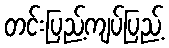
တင်းပြည့်ကျပ်ပြည့်